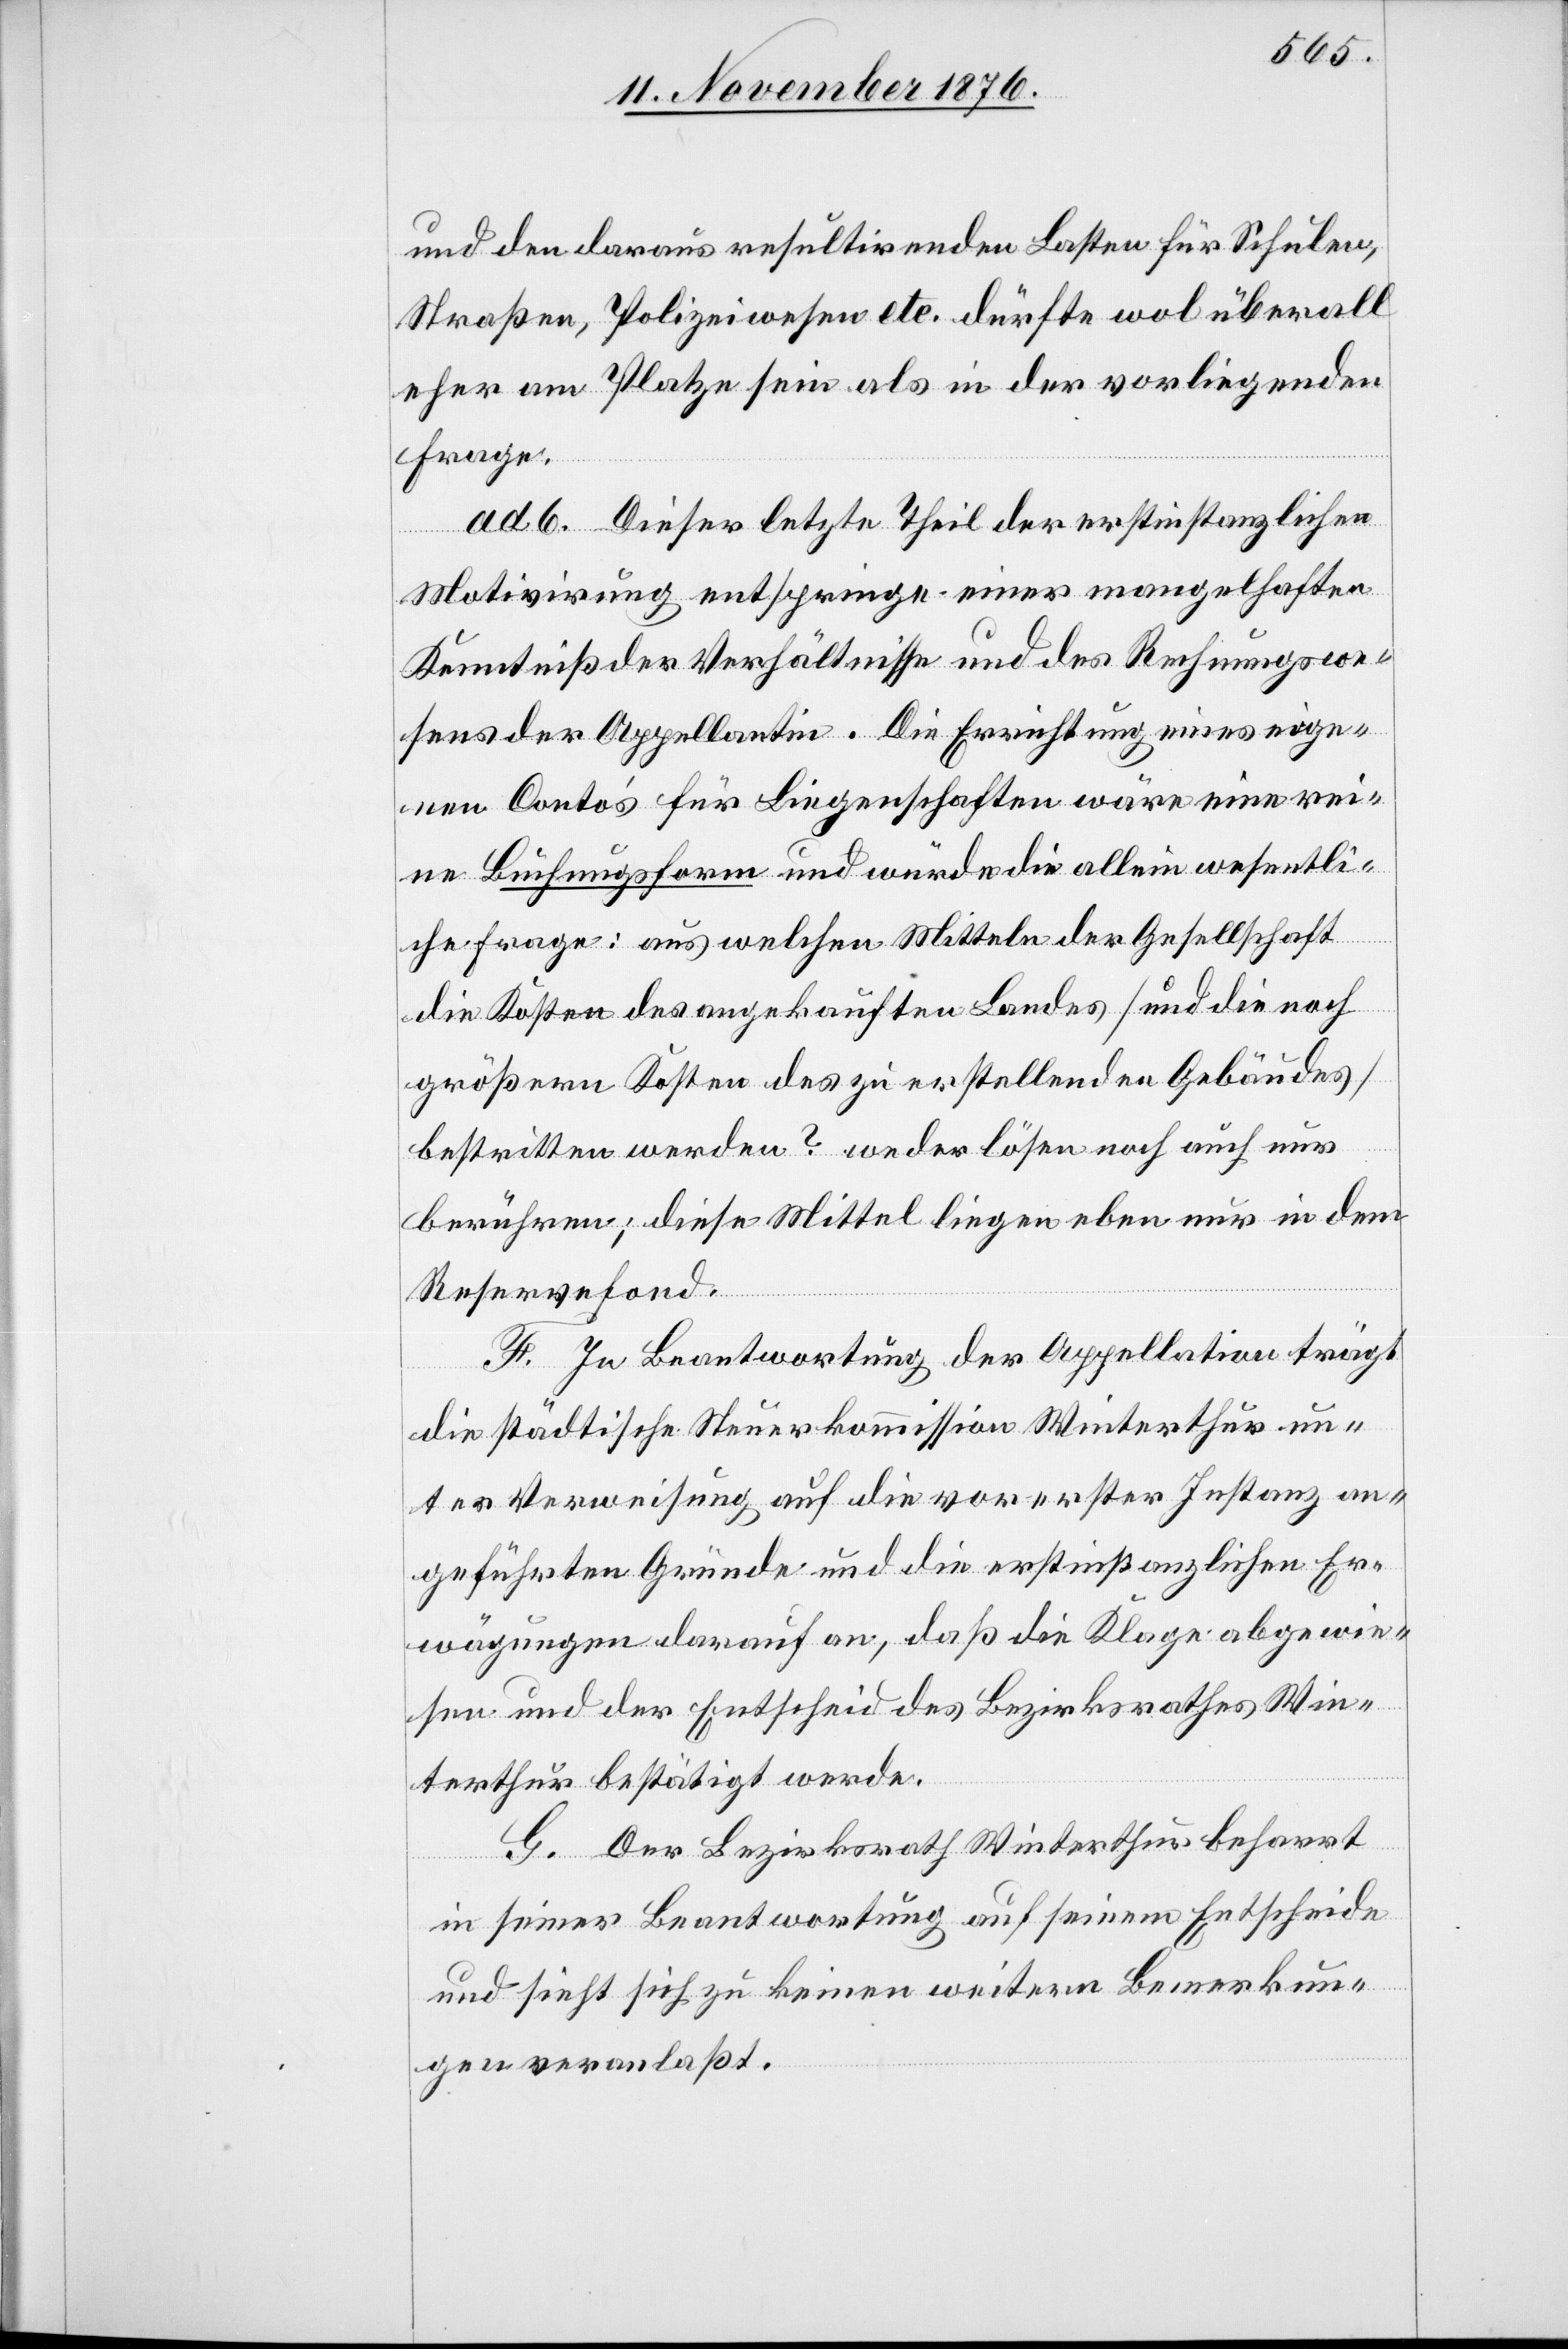
und den daraus resultirenden Lasten für Schulen,
Straßen, Polizeiwesen etc. dürfte wol überall
eher am Platze sein als in der vorliegenden
Frage.
ad 6. Dieser letzte Theil der erstinstanzlichen
Motivirung entspringe einer mangelhaften
Kenntniß der Verhältnisse und des Rechnungswe¬
sens der Appellantin. Die Errichtung eines eige¬
nen Conto’s für Liegenschaften wäre eine rei¬
ne Buchungsform und würde die allein wesentli¬
che Frage: aus welchen Mitteln der Gesellschaft
die Kosten des angekauften Landes [und die noch
größern Kosten des zu erstellenden Gebäudes]
bestritten werden? weder lösen noch auch nur
berühren; diese Mittel liegen eben nur in dem
Reservefond.
F. In Beantwortung der Appellation trägt
die städtische Steuerkommission Winterthur un¬
ter Verweisung auf die vor erster Instanz an¬
geführten Gründe und die erstinstanzlichen Er¬
wägungen darauf an, daß die Klage abgewie¬
sen und der Entscheid des Bezirksrathes Win¬
terthur bestätigt werde.
G. Der Bezirksrath Winterthur beharrt
in seiner Beantwortung auf seinem Entscheide
und sieht sich zu keinen weitern Bemerkun¬
gen veranlaßt.